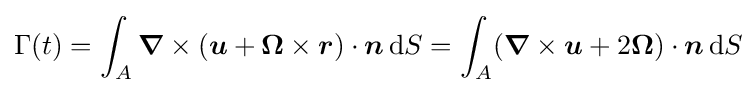
\Gamma (t)=\int _{A}{\boldsymbol {\nabla }}\times ({\boldsymbol {u}}+{\boldsymbol {\Omega }}\times {\boldsymbol {r}})\cdot {\boldsymbol {n}}\,\mathrm {d} S=\int _{A}({\boldsymbol {\nabla }}\times {\boldsymbol {u}}+2{\boldsymbol {\Omega }})\cdot {\boldsymbol {n}}\,\mathrm {d} S